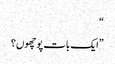
“
”ایک بات پوچھوں؟